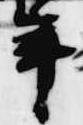
年